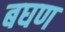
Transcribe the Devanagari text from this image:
बघण